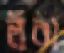
লঁরা